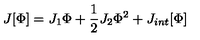
J [ \Phi ] = J _ { 1 } \Phi + { \frac { 1 } { 2 } } J _ { 2 } \Phi ^ { 2 } + J _ { i n t } [ \Phi ]